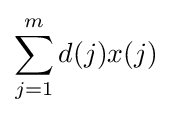
\sum _{j=1}^{m}d(j)x(j)